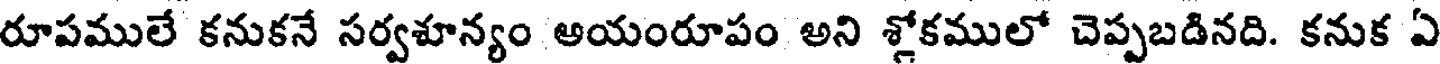
రూపములే కనుకనే సర్వశూన్యం అయంరూపం అని శ్లోకములో చెప్పబడినది. కనుక ఏ